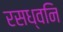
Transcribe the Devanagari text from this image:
रसध्वनि